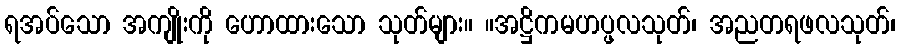
ရအပ်သော အကျိုးကို ဟောထားသော သုတ်များ။ ။အဋ္ဌိကမဟပ္ဖလသုတ်၊ အညတရဖလသုတ်၊